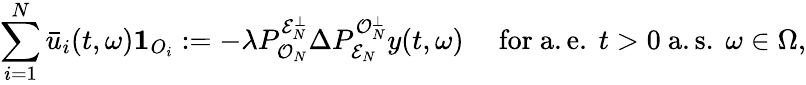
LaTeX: \sum_{i=1}^{N}\bar{u}_{i}(t,\omega)\mathbf{1}_{O_{i}}:=-\lambda P_{\mathcal{O}_{N}}^{\mathcal{E}_{N}^{\perp}}\Delta P_{\mathcal{E}_{N}}^{\mathcal{O}_{N}^{\perp}}y(t,\omega)\quad\mathrm{~for~a.e.~}t>0\mathrm{~a.s.~}\omega\in\Omega,